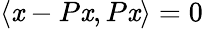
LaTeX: \langle\mathit{x}-P\mathit{x},P\mathit{x}\rangle=0